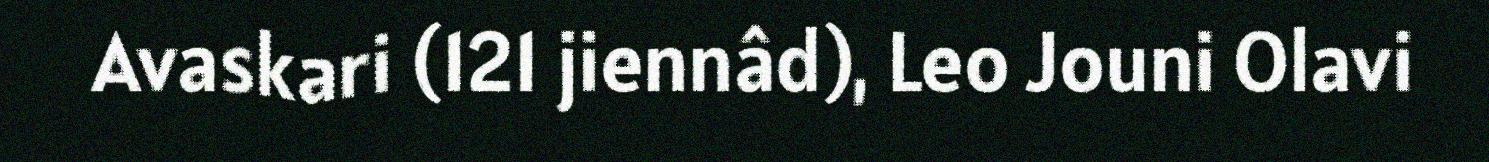
Avaskari (121 jiennâd), Leo Jouni Olavi